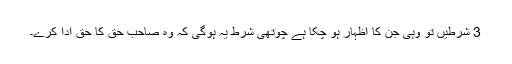
3 شرطیں تو وہی جن کا اظہار ہو چکا ہے چوتھی شرط یہ ہوگی کہ وہ صاحب حق کا حق ادا کرے۔